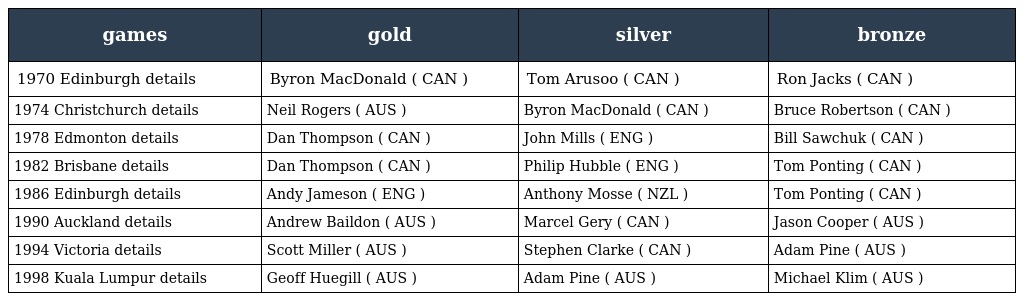
| games | gold | silver | bronze |
 | --- | --- | --- | --- |
 | 1970 Edinburgh details | Byron MacDonald ( CAN ) | Tom Arusoo ( CAN ) | Ron Jacks ( CAN ) |
 | 1974 Christchurch details | Neil Rogers ( AUS ) | Byron MacDonald ( CAN ) | Bruce Robertson ( CAN ) |
 | 1978 Edmonton details | Dan Thompson ( CAN ) | John Mills ( ENG ) | Bill Sawchuk ( CAN ) |
 | 1982 Brisbane details | Dan Thompson ( CAN ) | Philip Hubble ( ENG ) | Tom Ponting ( CAN ) |
 | 1986 Edinburgh details | Andy Jameson ( ENG ) | Anthony Mosse ( NZL ) | Tom Ponting ( CAN ) |
 | 1990 Auckland details | Andrew Baildon ( AUS ) | Marcel Gery ( CAN ) | Jason Cooper ( AUS ) |
 | 1994 Victoria details | Scott Miller ( AUS ) | Stephen Clarke ( CAN ) | Adam Pine ( AUS ) |
 | 1998 Kuala Lumpur details | Geoff Huegill ( AUS ) | Adam Pine ( AUS ) | Michael Klim ( AUS ) |